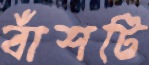
বাঁশটি